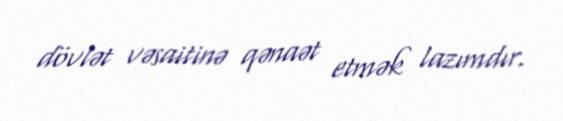
dövlət vəsaitinə qənaət etmək lazımdır.